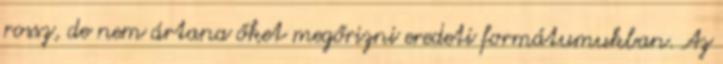
rossz, de nem ártana őket megőrizni eredeti formátumukban. Az